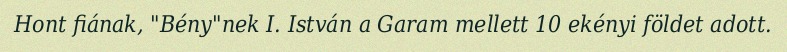
Hont fiának, "Bény"nek I. István a Garam mellett 10 ekényi földet adott.